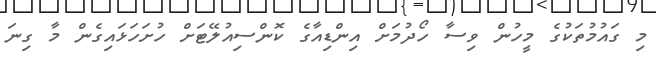
މި ގައުމުތަކުގެ މީހުން ވިސާ ހޯދުމަށް އިންޑިއާގެ ކޮންސިއުލޭޓަށް ހުށަހަޅައިގެން މާ ގިނަ